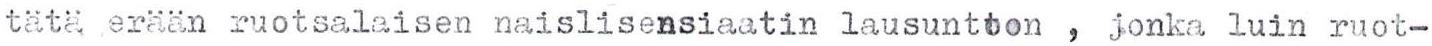
tätä erään ruotsalaisen naislisensiaatin lausuntoon , jonka luin ruot-